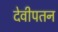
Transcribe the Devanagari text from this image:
देवीपतन